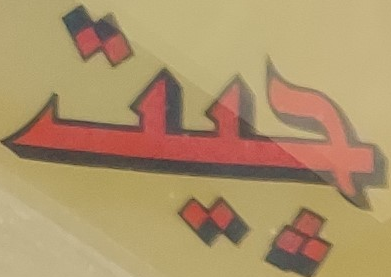
جيت